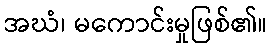
အဃံ၊ မကောင်းမှုဖြစ်၏။